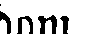
dom.